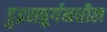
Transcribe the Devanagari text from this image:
डुइसबुर्गमधील